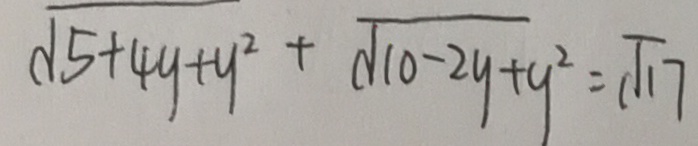
\sqrt { 5 + 4 y + y ^ { 2 } } + \sqrt { 1 0 - 2 y + y ^ { 2 } } = \sqrt { 1 7 }